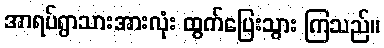
အာရပ်ရွာသားအားလုံး ထွက်ပြေးသွား ကြသည်။